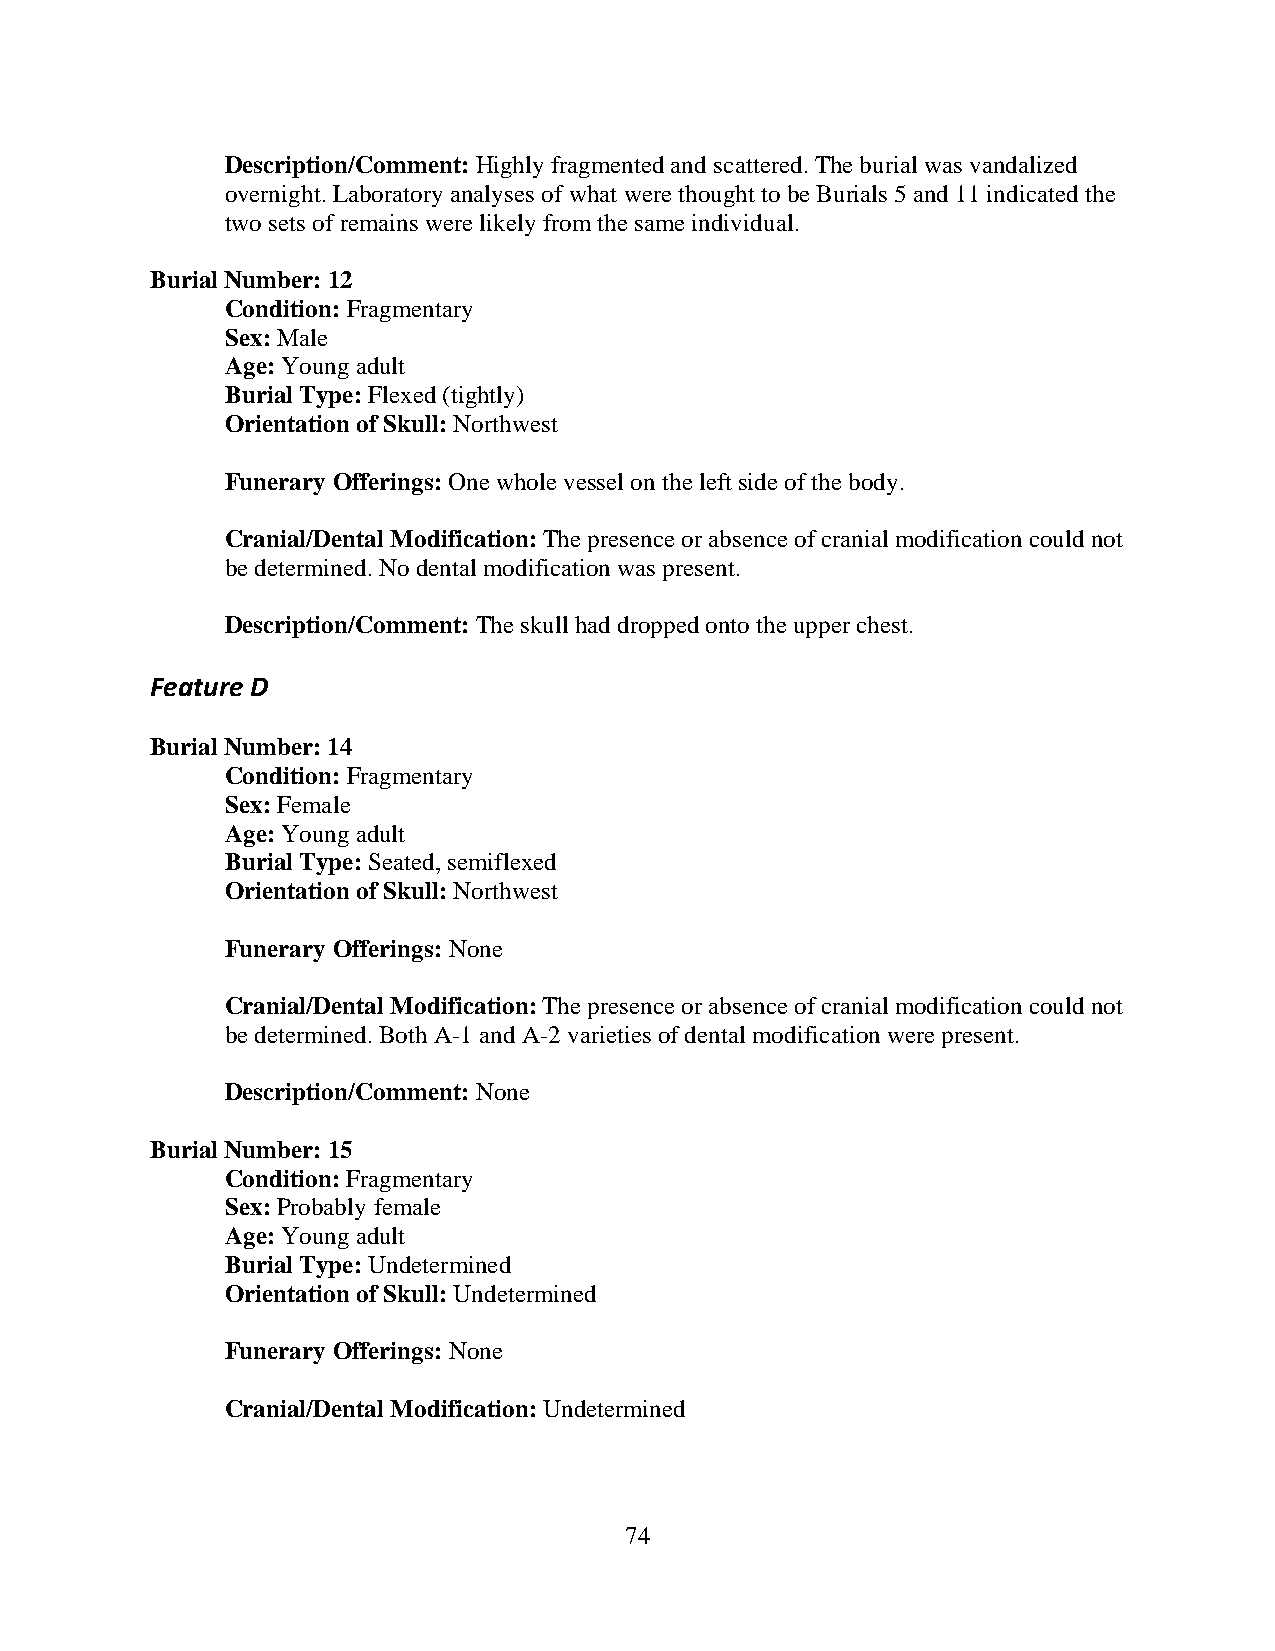
Description/Comment: Highly fragmented and scattered. The burial was vandalized
 overnight. Laboratory analyses of what were thought to be Burials 5 and 11 indicated the
 two sets of remains were likely from the same individual.
 Burial Number: 12
 Condition: Fragmentary
 Sex: Male
 Age: Young adult
 Burial Type: Flexed (tightly)
 Orientation of Skull: Northwest
 Funerary Offerings: One whole vessel on the left side of the body.
 Cranial/Dental Modification: The presence or absence of cranial modification could not
 be determined. No dental modification was present.
 Description/Comment: The skull had dropped onto the upper chest.
 Feature D
 Burial Number: 14
 Condition: Fragmentary
 Sex: Female
 Age: Young adult
 Burial Type: Seated, semiflexed
 Orientation of Skull: Northwest
 Funerary Offerings: None
 Cranial/Dental Modification: The presence or absence of cranial modification could not
 be determined. Both A-1 and A-2 varieties of dental modification were present.
 Description/Comment: None
 Burial Number: 15
 Condition: Fragmentary
 Sex: Probably female
 Age: Young adult
 Burial Type: Undetermined
 Orientation of Skull: Undetermined
 Funerary Offerings: None
 Cranial/Dental Modification: Undetermined
 74